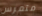
متمرس